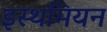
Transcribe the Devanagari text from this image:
इस्थमियन